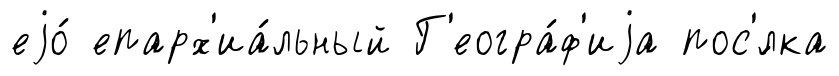
еjо́ епарх'иа́льный Г'еогра́ф'иjа пос'́лка